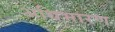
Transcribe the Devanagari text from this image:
अधिभारण